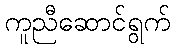
ကူညီဆောင်ရွက်